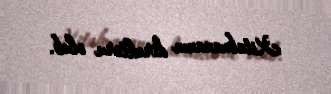
Kitabxananın direktoru olub.